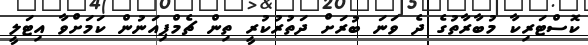
ކޮސްޓަރިކާ މުބާރާތުގެ ދެ ވަނަ ބުރަށް ދަތުރުކުރީ ތިން ޗެމްޕިއަނުން ކަމަށްވާ އިޓަލީ